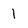
Character: 1